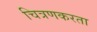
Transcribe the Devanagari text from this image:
चित्रणकरता